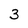
Character: 3